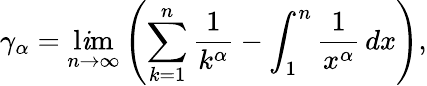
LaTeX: \gamma_{\alpha}=\operatorname*{l\mathit{i}m}_{n\to\infty}\left(\sum_{k=1}^{n}{\frac{{1}}{{k^{\alpha}}}}-\int_{1}^{n}{\frac{{1}}{{x^{\alpha}}}}\, dx\right),